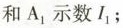
和A_{1}示数I_{1}；